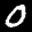
Label: 0